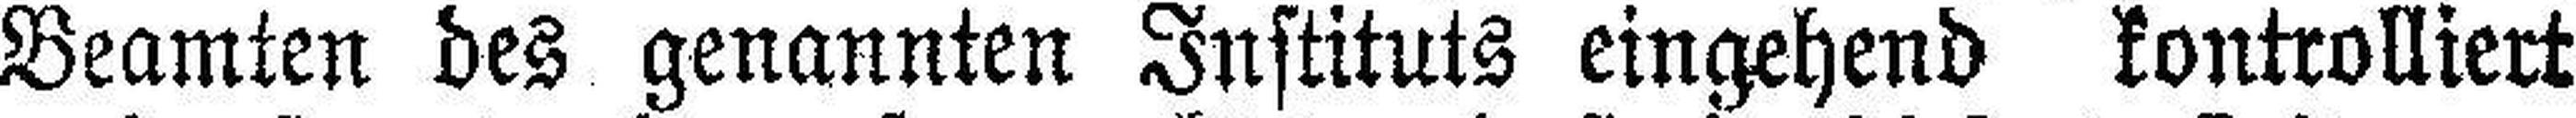
Beamten des genannten Instituts eingehend kontrolliert